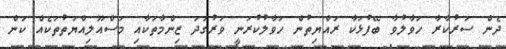
ދެން ސަރުކާރާ ހަވާލުވާ ބޭފުޅަކާ ރައްޔިތުން ހަވާލުކުރަނީ ވަރުގަދަ ޒިންމާތަކާއި މަސްއޫލިއްޔަތުތަކެއް ކަން